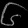
Digit: ၆